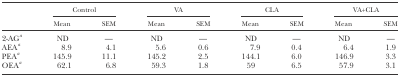
| <ROWSPAN=2>  | <COLSPAN=2> Control | <COLSPAN=2> VA | <COLSPAN=2> CLA | <COLSPAN=2> VA+CLA |
 | Mean | SEM | Mean | SEM | Mean | SEM | Mean | SEM |
 | --- | --- | --- | --- | --- | --- | --- | --- | --- |
 | 2-AGa | ND | — | ND | — | ND | — | ND | — |
 | AEAa | 8.9 | 4.1 | 5.6 | 0.6 | 7.9 | 0.4 | 6.4 | 1.9 |
 | PEAa | 145.9 | 11.1 | 145.2 | 2.5 | 144.1 | 6.0 | 146.9 | 3.3 |
 | OEAa | 62.1 | 6.8 | 59.3 | 1.8 | 59 | 6.5 | 57.9 | 3.1 |